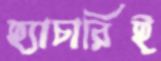
হ্যাচারিই